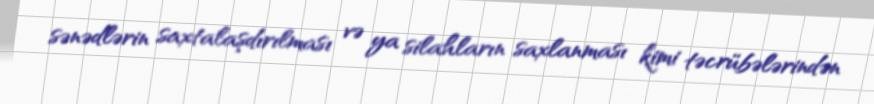
sənədlərin saxtalaşdırılması və ya silahların saxlanması kimi təcrübələrindən